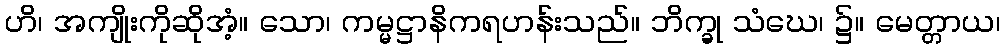
ဟိ၊ အကျိုးကိုဆိုအံ့။ သော၊ ကမ္မဋ္ဌာနိကရဟန်းသည်။ ဘိက္ခု သံဃေ၊ ၌။ မေတ္တာယ၊